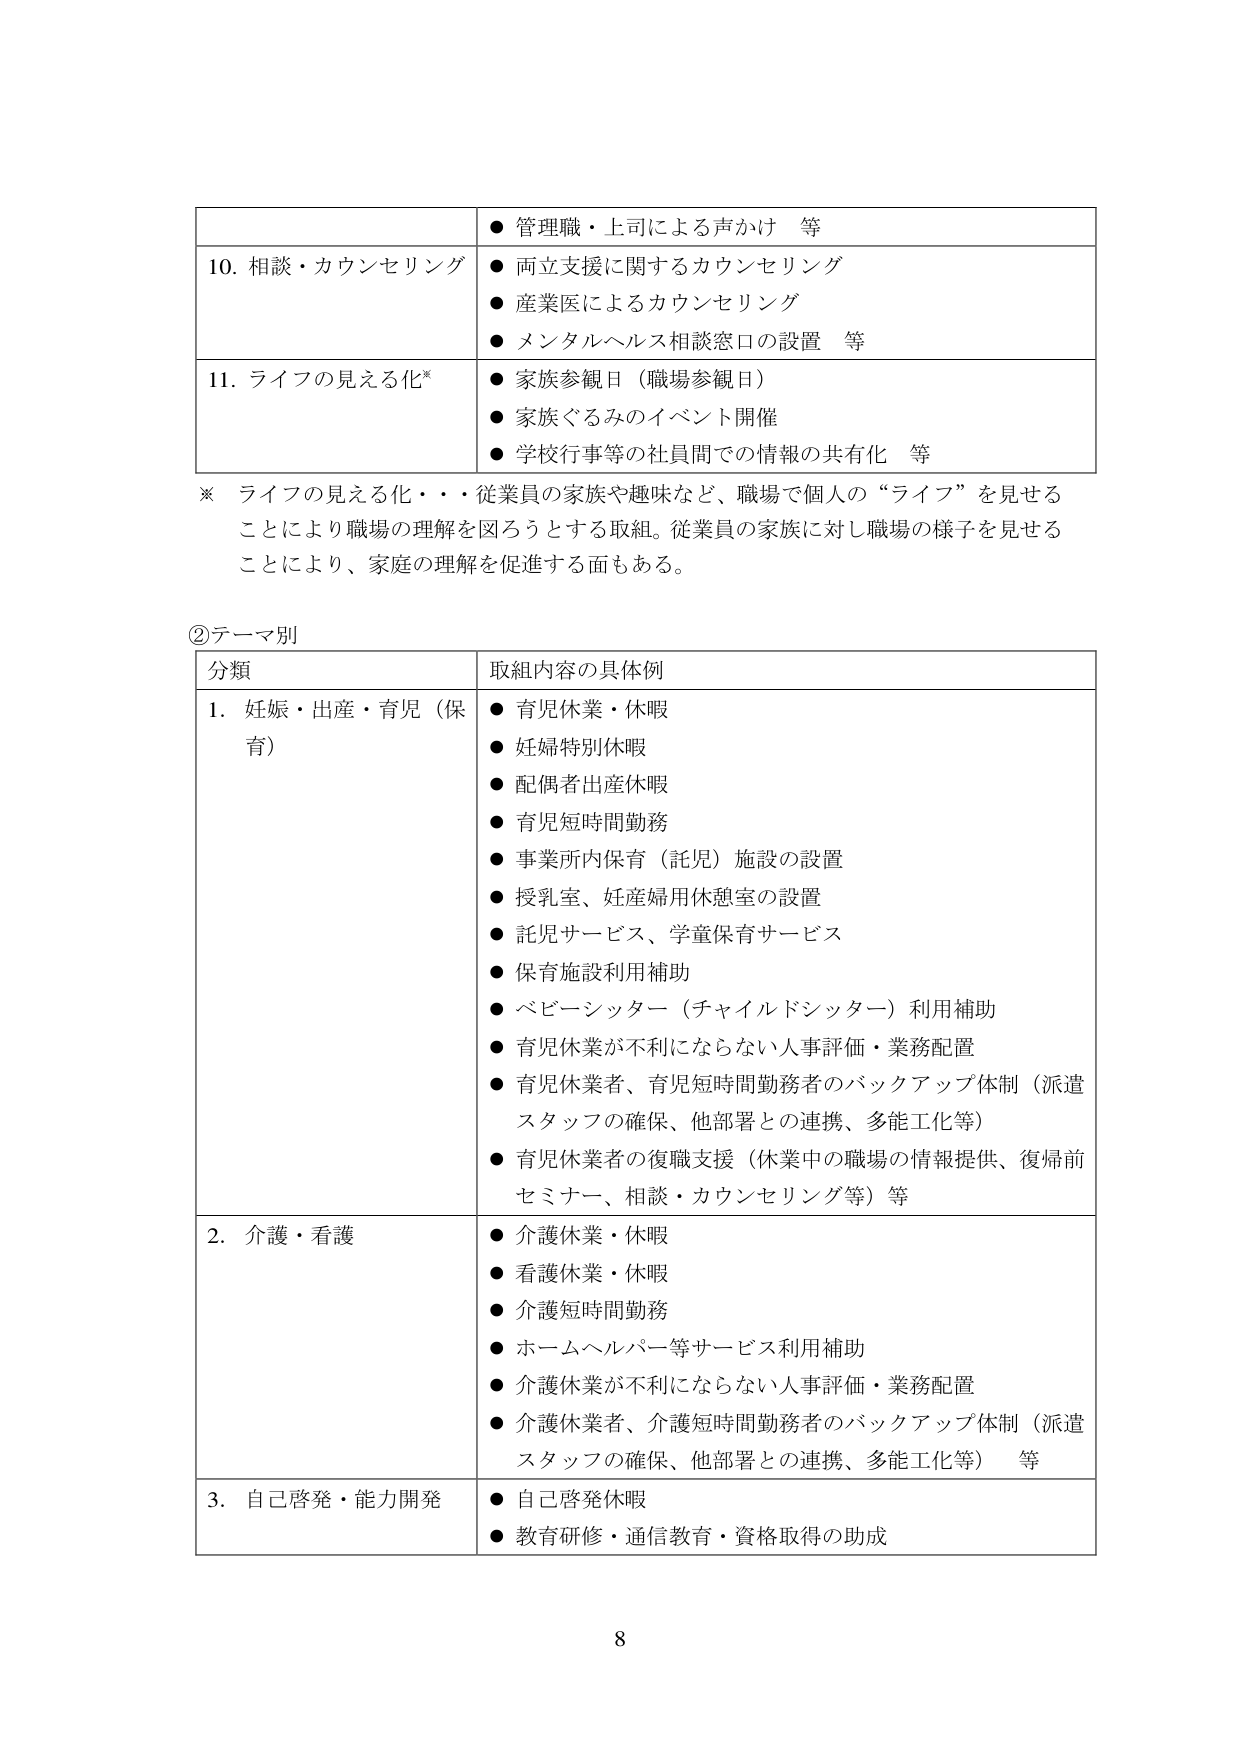
● 管理職・上司による声かけ 等
10. 相談・カウンセリング
● 両立支援に関するカウンセリング
● 産業医によるカウンセリング
● メンタルヘルス相談窓口の設置 等
11. ライフの見える化*
● 家族参観日（職場参観日）
● 家族ぐるみのイベント開催
● 学校行事等の社員間での情報の共有化 等
※ ライフの見える化・・・従業員の家族や趣味など、職場で個人の“ライフ”を見せる
ことにより職場の理解を図ろうとする取組。従業員の家族に対し職場の様子を見せる
ことにより、家庭の理解を促進する面もある。
②テーマ別
分類 取組内容の具体例
1. 妊娠・出産・育児（保育）
● 育児休業・休暇
● 妊婦特別休暇
● 配偶者出産休暇
● 育児短時間勤務
● 事業所内保育（託児）施設の設置
● 授乳室、妊産婦用休憩室の設置
● 託児サービス、学童保育サービス
● 保育施設利用補助
● ベビーシッター（チャイルドシッター）利用補助
● 育児休業が不利にならない人事評価・業務配置
● 育児休業者、育児短時間勤務者のバックアップ体制（派遣スタッフの確保、他部署との連携、多能工化等）
● 育児休業者の復職支援（休業中の職場の情報提供、復帰前セミナー、相談・カウンセリング等）等
2. 介護・看護
● 介護休業・休暇
● 看護休業・休暇
● 介護短時間勤務
● ホームヘルパー等サービス利用補助
● 介護休業が不利にならない人事評価・業務配置
● 介護休業者、介護短時間勤務者のバックアップ体制（派遣スタッフの確保、他部署との連携、多能工化等） 等
3. 自己啓発・能力開発
● 自己啓発休暇
● 教育研修・通信教育・資格取得の助成
8